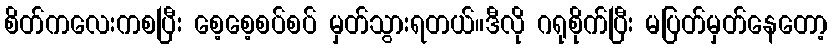
စိတ်ကလေးကစပြီး စေ့စေ့စပ်စပ် မှတ်သွားရတယ်။ဒီလို ဂရုစိုက်ပြီး မပြတ်မှတ်နေတော့